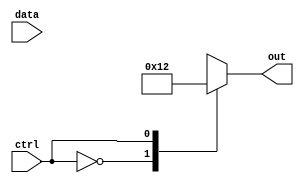
module demux(input data, input ctrl, output reg [3:0] out);

always @(*)
begin
    case(ctrl)
        2'b00: out = 4'b0001; //output on out[0]
        2'b01: out = 4'b0010; //output on out[1]
        2'b10: out = 4'b0100; //output on out[2]
        2'b11: out = 4'b1000; //output on out[3]
    endcase
end

endmodule